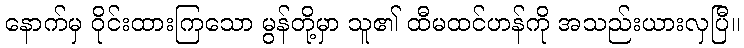
နောက်မှ ဝိုင်းထားကြသော မွန်တို့မှာ သူ၏ ထီမထင်ဟန်ကို အသည်းယားလှပြီ။